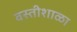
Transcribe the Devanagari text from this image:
वस्तीशाळा